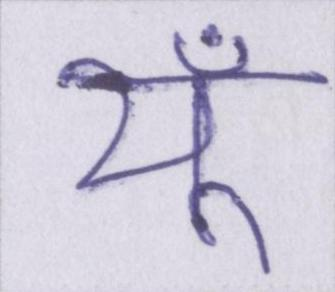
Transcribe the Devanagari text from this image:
यूँ